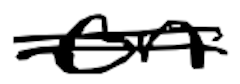
Text: on
Cross-out: double-line
Writing tool: digital_black